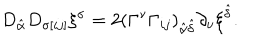
LaTeX: D _ { \hat { \alpha } } D _ { \sigma [ i j ] } \xi ^ { \sigma } = 2 ( \Gamma ^ { \nu } \Gamma _ { i j } ) _ { \hat { \alpha } \hat { \delta } } \partial _ { \nu } \xi ^ { \hat { \delta } } .